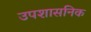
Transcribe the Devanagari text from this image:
उपशासनिक